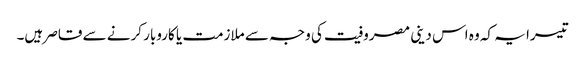
تیسرا یہ کہ وہ اس دینی مصروفیت کی وجہ سے ملازمت یا کاروبار کرنے سے قاصر ہیں۔